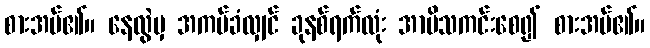
စားအပ်၏။ နေလွဲမှ အကပ်ခံလျှင် ခုနစ်ရက်လုံး အာမိသကင်းစေ၍ စားအပ်၏။